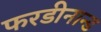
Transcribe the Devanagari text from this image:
फरडीनान्ड